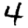
Digit: 4